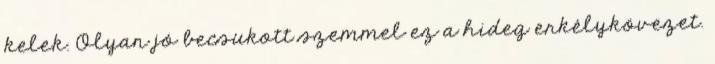
kelek. Olyan jó becsukott szemmel ez a hideg erkélykövezet.